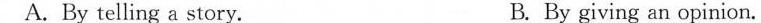
C. By ariswering a question. D. By offering a suggestion.